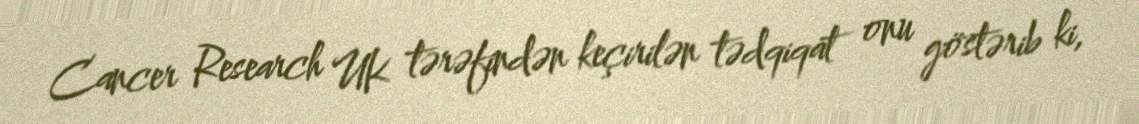
Cancer Research UK tərəfindən keçirilən tədqiqat onu göstərib ki,